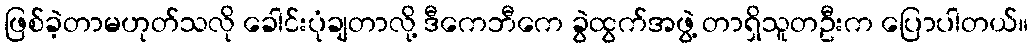
ဖြစ်ခဲ့တာမဟုတ်သလို ခေါင်းပုံချတာလို့ ဒီကေဘီကေ ခွဲထွက်အဖွဲ့ တာရှိသူတဦးက ပြောပါတယ်။